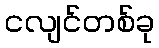
ငလျင်တစ်ခု